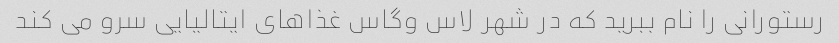
رستورانی را نام ببرید که در شهر لاس وگاس غذاهای ایتالیایی سرو می کند